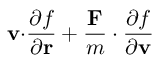
\mathbf { v \cdot } { \frac { \partial f } { \partial \mathbf { r } } } + { \frac { \mathbf { F } } { m } } \cdot { \frac { \partial f } { \partial \mathbf { v } } }